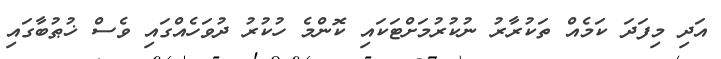
އަދި މިފަދަ ކަމެއް ތަކުރާރު ނުކުރުމަށްޓަކައި ކޮންމެ ހުކުރު ދުވަހެއްގައި ވެސް ޚުޠުބާގައި